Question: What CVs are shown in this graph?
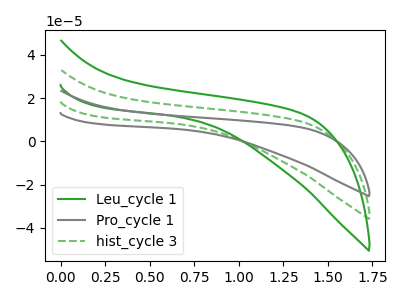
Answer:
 <answer>The green curve is labeled "Leu_cycle 1". The gray curve is labeled "Pro_cycle 1". The green dashed curve is labeled "hist_cycle 3".</answer>
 <eval></eval>